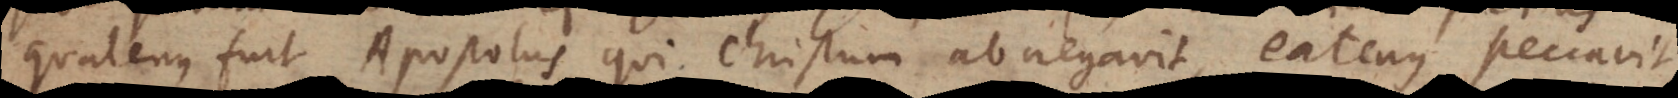
quatenus fuit Apostolus qui Christum abnegavit, eatenus peccavit,